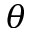
\theta